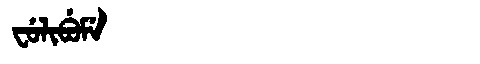
Manchu: ᠸᡠᠯᡳᠪᡠᠮᡝ
Romanization: FULIBUME